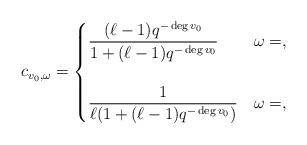
LaTeX: \begin{align*} c_{v_0, \omega} = \begin{cases} \displaystyle \frac{ (\ell - 1) q^{- \deg v_0}}{1 + (\ell -1) q^{- \deg v_0}} & \omega = ,\\ \\\displaystyle \frac{ 1}{ \ell (1 + (\ell - 1) q^{- \deg v_0})} & \omega = , \end{cases} \end{align*}